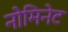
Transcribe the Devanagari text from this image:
नोमिनेट